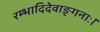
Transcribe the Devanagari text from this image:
रम्भादिदेवाङ्गनाः।